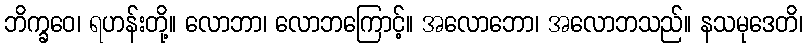
ဘိက္ခဝေ၊ ရဟန်းတို့။ လောဘာ၊ လောဘကြောင့်။ အလောဘော၊ အလောဘသည်။ နသမုဒေတိ၊